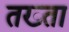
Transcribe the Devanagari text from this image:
तख्‍ता